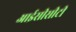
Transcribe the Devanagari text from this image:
आईसीसीटी